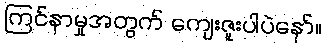
ကြင်နာမှုအတွက် ကျေးဇူးပါပဲနော်။